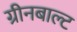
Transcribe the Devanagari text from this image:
ग्रीनबाल्ट